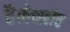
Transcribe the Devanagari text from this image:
हैं।वेच्स्लेर